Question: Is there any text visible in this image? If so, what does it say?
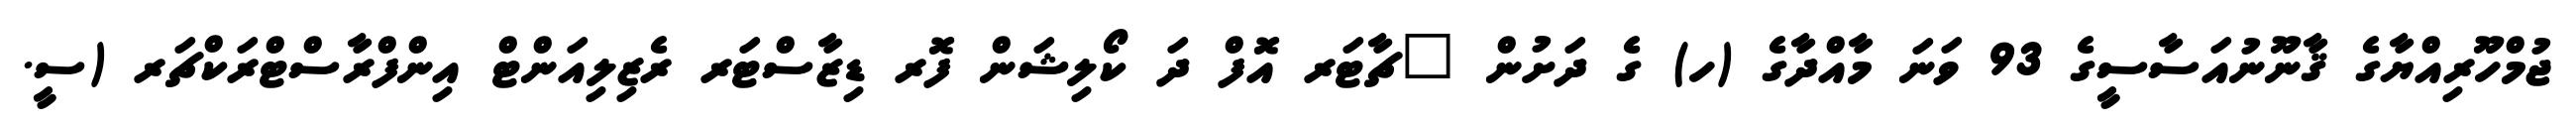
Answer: ޖުމްހޫރިއްޔާގެ ޤާނޫނުއަސާސީގެ 93 ވަނަ މާއްދާގެ (ހ) ގެ ދަށުން "ޗާޓަރ އޮފް ދަ ކޯލިޝަން ފޮރ ޑިޒާސްޓަރ ރެޒިލިއަންޓް އިންފްރާސްޓްރަކްޗަރ (ސީ.